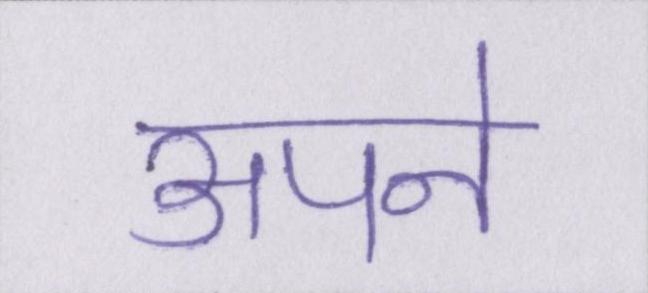
अपने